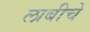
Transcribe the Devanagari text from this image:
लाबीचे